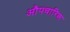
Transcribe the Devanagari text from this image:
औपचारिक